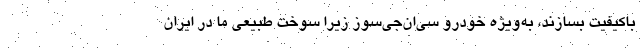
باکیفیت بسازند، به‌ویژه خودرو سی‌ان‌جی‌سوز زیرا سوخت طبیعی ما در ایران